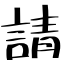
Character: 請